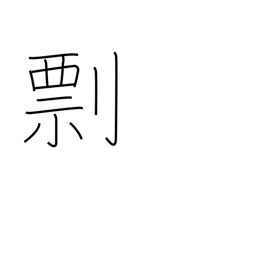
Meaning: threat